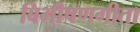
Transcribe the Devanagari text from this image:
बिभीषणगीता